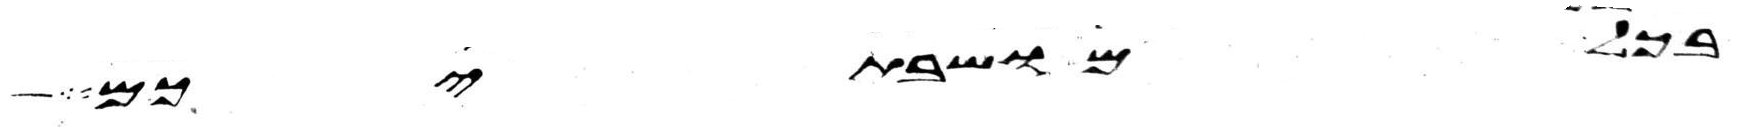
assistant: בכל מושבתיכם